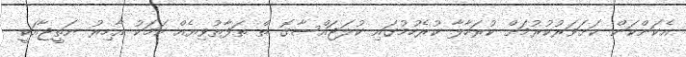
އެކަންކަން ކަށަވަރުކުރުމަށް ކުރަހާލާ ކުރެހުމުގައި ކުލަޖައްސާގޮ ތް ތަފާތުވިޔެއް ކަމަކު އާހިރު ނަތީޖާއަކީ